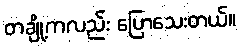
တချို့ကလည်း ပြောသေးတယ်။